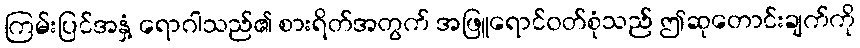
ကြမ်းပြင်အနှံ့ ရောဂါသည်၏ စားရိတ်အတွက် အဖြူရောင်ဝတ်စုံသည် ဤဆုတောင်းချက်ကို